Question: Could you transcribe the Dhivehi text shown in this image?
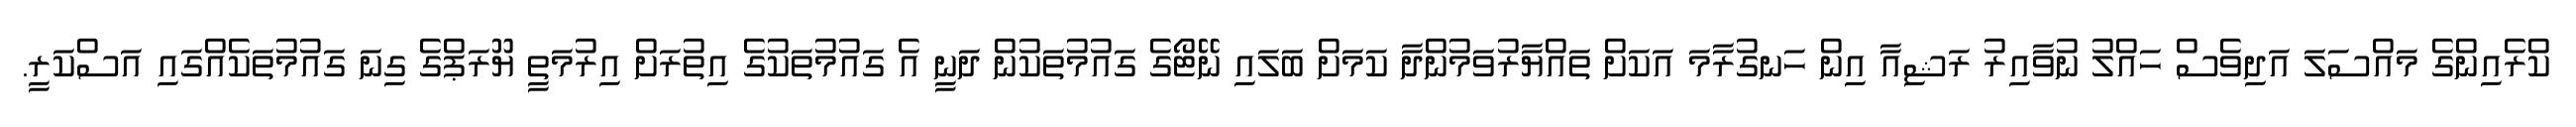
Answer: ކްރެއިންގެ މައްސަލަ އަދިވެސް ހައްލު ނުވާއިރު ރަޝިއާ އިން ހަނގުރާމަ އަކަށް ތައްޔާރުވަމުންދާ ކަމަށް ބަލައި ނޭޓޯގެ ގައުމުތަކުން ދަނީ އެ ގައުމުތަކުގެ އިތުރަށް އިރުމަތީ ޔޫރަޕްގެ ގިނަ ގައުމުތަކެއްގައި އަސްކަރީ.